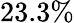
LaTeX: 23.3\%